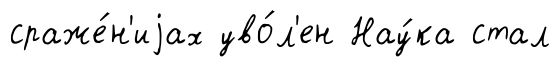
сраже́н'иjах уво́л'ен Нау́ка стал